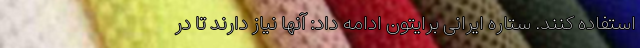
استفاده کنند. ستاره ایرانی برایتون ادامه داد: آنها نیاز دارند تا در